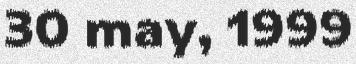
30 may, 1999